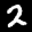
Label: 2